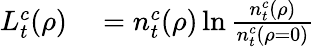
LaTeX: \begin{array}{rl}{L_{t}^{c}(\rho)}&{{}=n_{t}^{c}(\rho)\ln\frac{n_{t}^{c}(\rho)}{n_{t}^{c}(\rho=0)}}\end{array}